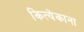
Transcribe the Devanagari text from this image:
कित्येकाना